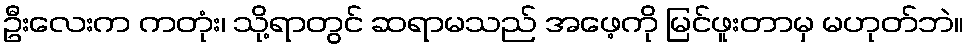
ဦးလေးက ကတုံး၊ သို့ရာတွင် ဆရာမသည် အဖေ့ကို မြင်ဖူးတာမှ မဟုတ်ဘဲ။